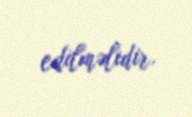
edilməlidir.